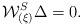
LaTeX: \begin{align*}{\cal W}^{S}_{(\xi)} \Delta = 0.\end{align*}